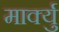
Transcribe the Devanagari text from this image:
मार्क्यु